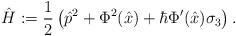
LaTeX: \begin{align*}\hat{H}:=\frac{1}{2}\left(\hat{p}^{2}+\Phi ^{2}(\hat{x})+\hbar\Phi '(\hat{x})\sigma _{3}\right).\end{align*}